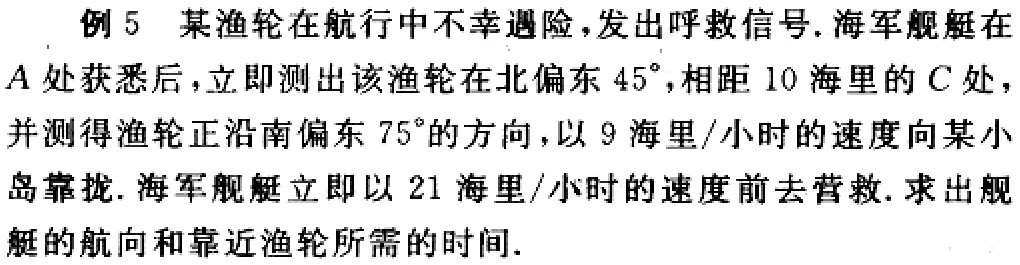
例 5 某渔轮在航行中不幸遇险，发出呼救信号. 海军舰艇在\(A\)处获悉后，立即测出该渔轮在北偏东\(45^{\circ}\)，相距\(10\)海里的\(C\)处，并测得渔轮正沿南偏东\(75^{\circ}\)的方向，以\(9\)海里/小时的速度向某小岛靠拢. 海军舰艇立即以\(21\)海里/小时的速度前去营救. 求出舰艇的航向和靠近渔轮所需的时间.